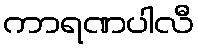
ကာရဏပါလီ